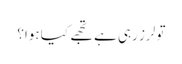
تو لرز رہی ہے تجھے کیا ہوا؟